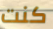
كنت